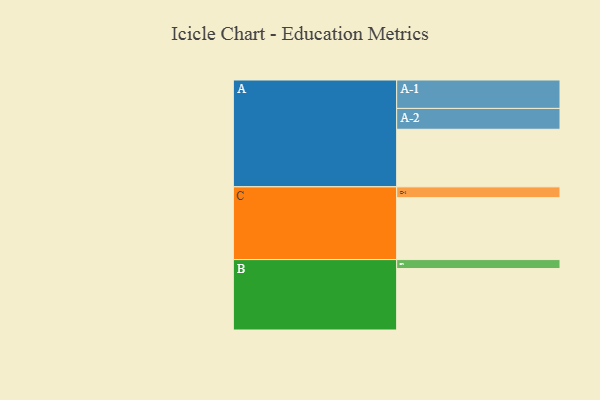
{"axis": {"x": "Segment", "y": "Value"}, "legend": ["", "A", "B", "C"], "data": [{"x": "A", "y": 373, "type": ""}, {"x": "B", "y": 398, "type": ""}, {"x": "C", "y": 401, "type": ""}, {"x": "A-1", "y": 184, "type": "A"}, {"x": "A-2", "y": 135, "type": "A"}, {"x": "B-1", "y": 58, "type": "B"}, {"x": "C-1", "y": 70, "type": "C"}]}